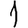
Digit: 1